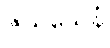
ဇယသေနံ